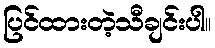
ပြင်ထားတဲ့သီချင်းပါ။